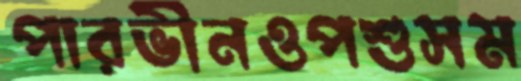
পারভীনওপশুসম